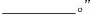
___。”